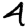
Digit: 4